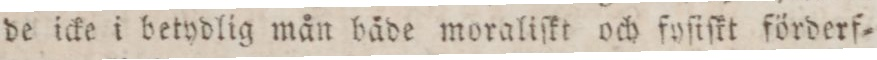
de icke i betydlig mån både moraliſkt och fyſiſkt förderf=